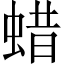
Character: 蜡